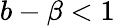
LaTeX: b-\beta<1